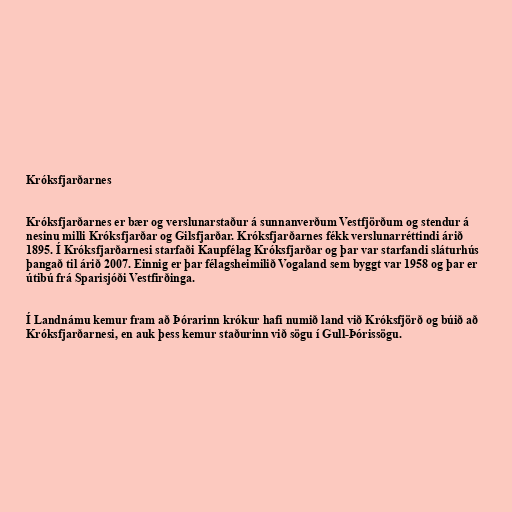
Króksfjarðarnes

Króksfjarðarnes er bær og verslunarstaður á sunnanverðum Vestfjörðum og stendur á
nesinu milli Króksfjarðar og Gilsfjarðar. Króksfjarðarnes fékk verslunarréttindi árið
1895. Í Króksfjarðarnesi starfaði Kaupfélag Króksfjarðar og þar var starfandi sláturhús
þangað til árið 2007. Einnig er þar félagsheimilið Vogaland sem byggt var 1958 og þar er
útibú frá Sparisjóði Vestfirðinga.

Í Landnámu kemur fram að Þórarinn krókur hafi numið land við Króksfjörð og búið að
Króksfjarðarnesi, en auk þess kemur staðurinn við sögu í Gull-Þórissögu.